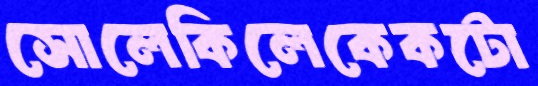
সোলেকিলেকেকটো